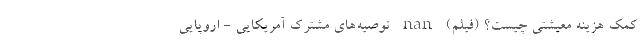
کمک هزینه معیشتی چیست؟ (فیلم) nan توصیه‌های مشترک آمریکایی - اروپایی